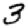
Digit: 3